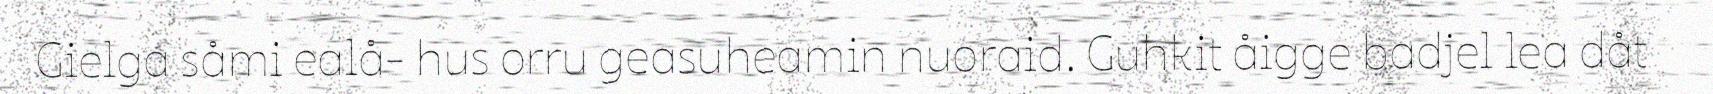
Gielga såmi ealå- hus orru geasuheamin nuoraid. Guhkit åigge badjel lea dåt